Vaccination United Provinces of Agra and Oudh 1914-1922 - 1914-1922
Year: 1914
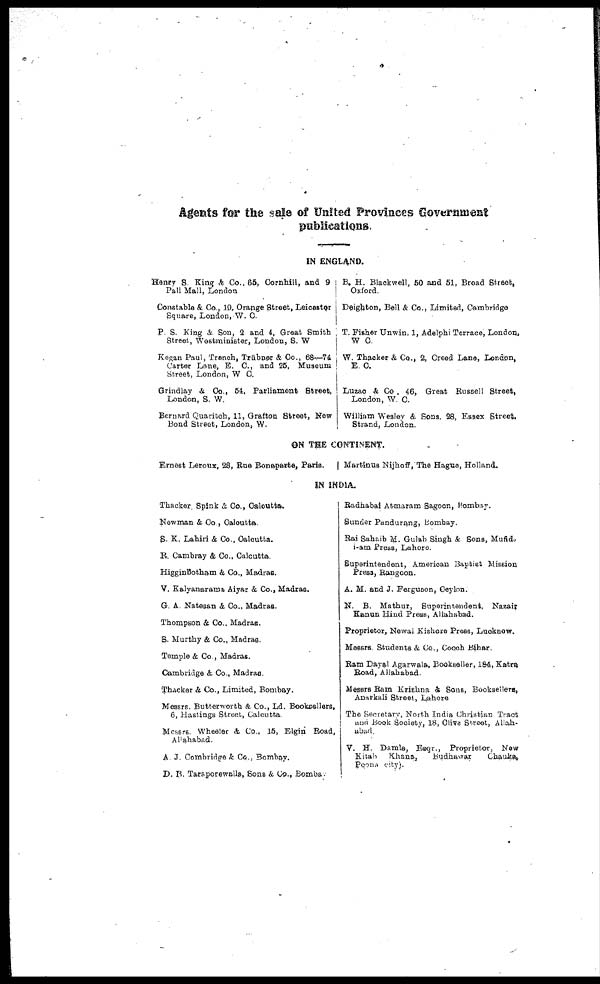
Agents for the sale of United Provinces Government
publications.
IN ENGLAND.
Hanry S King & Co., 65, Cornhill, and 9
Pall Mall, London
Constable & Co , 10, Orange Street, Leicaster
Square, London, W. C
P S. King & Son, 2 and 4, Great Smith
Street, Wostminister, London, S. W
Kegan Paul, Trench, Trübner & Co., 68—74
Carter Lane, E. C., and 25, Museum
Street, London, W C.
Grindlay & Co, 54, Parliament Street,
London, S. W.
Bernard Quaritch, 11, Grafton Street, Now
Bond Street, London, W.
B. H. Blackwell, 50 and 51, Broad Street,
Oxford.
Deighton, Bell & Co., Limited, Cambridge
T. Fisher Unwin, 1, Adelphi Terrace, London,
W. C.
W. Thacker & Co., 2, Creed Lane, London,
E C.
Luzao & Co , 46, Great Ruscell Street,
London, W C.
William Wesley & Sons. 28, Essex Street.
Strand, London.
ON THE CONTINENT.
Ernest Leroux, 28, Rue Bonaparte, Paris.
Martinus Nijhoff, The Hague, Holland.
IN INDIA.
Thacker. Spink & Co., Calcutta.
Newman & Co., Calcutta
S. K. Lahiri & Co , Calcutta.
R. Cambray & Co., Calcutta.
Higginbotham & Co., Madras.
V. Kalyanarama Aiyar & Co., Madras.
G A Natesan & Co.. Madras.
Thompson & Co., Madras.
S. Murthy & Co., Madras.
Temple & Co , Madras.
Cambridge & Co., Madras.
Thacker & Co., Limited, Bombay.
Messrs. Butterworth & Co., Ld. Booksellers,
6, Hastings Street, Calcutta.
Messrs Whealer & Co . 15, Elgin Road,
Allahabad.
A J. Combridge & Co., Bombay.
D. B. Taraporewalla, Sons & Co., Bombs.
Radhabai Atmaram Sagoon, Bombay.
Sunder Pandurang, Bombay.
Rai Saheb M. Gulab Singh & Sons, Mufid.
i-am Press, Lahore.
Superintendent, American Baptist Mission
Press, Rangoon.
A. M. and J. Ferguson, Ceylon.
N. B. Mathur, Superintendent, Nazair
Kanun Hind Press, Allahabad.
Proprietor, Newal Kishore Press, Lucknow.
Messrs Students & Co., Coach Bihar.
Ram Dayal Agarwala, Bookseller, 184, Katra
Road, Allahabad
Messrs Ram Krishna & Sons, Booksellers,
Anarkali Street, Lahore
The Secretary, North India Christian Tract
and Book Society, 18, Clive Street, Allah-
abad.
V. H. Damle Esqr., Proprietor, New
Kitah
Khana,
Budhawar
Chauks,
Poona
city.